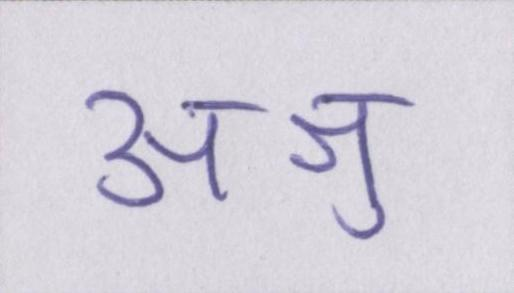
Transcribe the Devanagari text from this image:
अश्रु